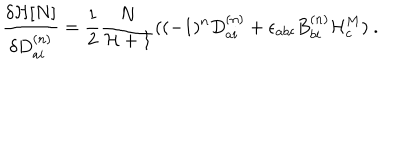
LaTeX: \frac { { \delta } { \cal H } [ N ] } { { \delta } D _ { a i } ^ { ( n ) } } = \frac { 1 } { 2 } \frac { N } { { \cal H } + 1 } ( ( - 1 ) ^ { n } D _ { a i } ^ { ( n ) } + { \epsilon } _ { a b c } B _ { b i } ^ { ( n ) } { \cal H } _ { c } ^ { M } ) \ .